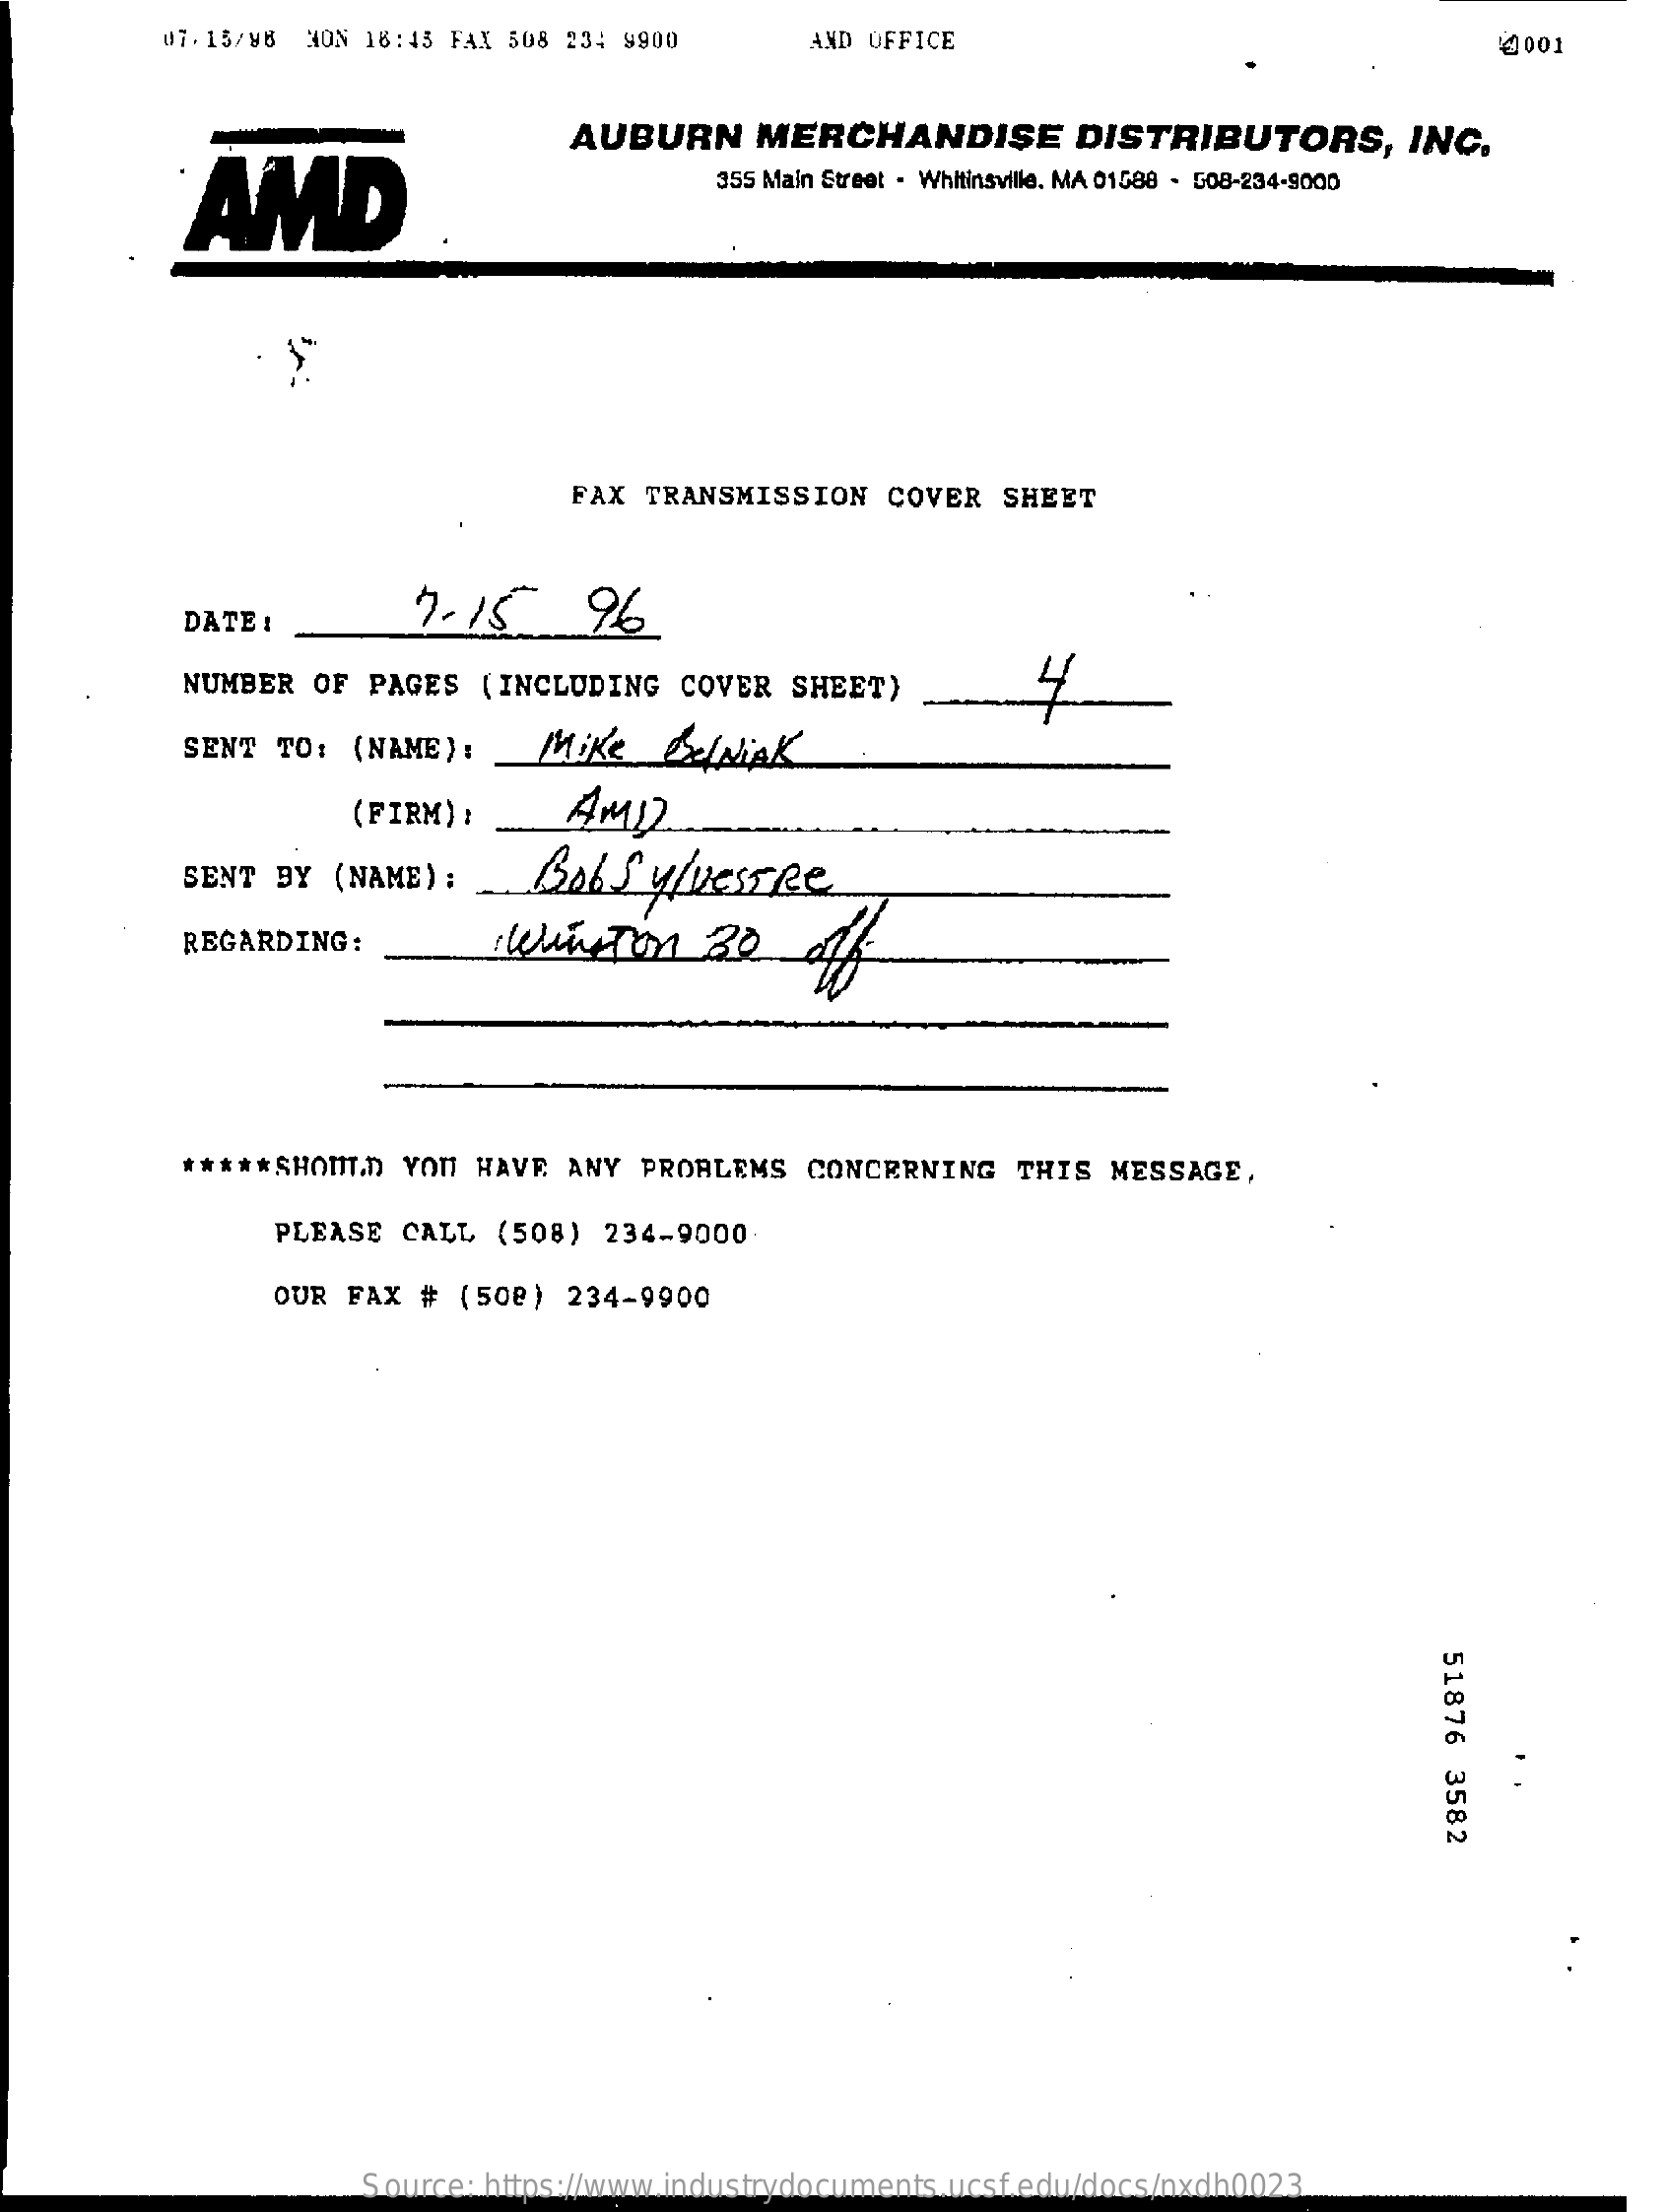
07- 15/96 NON 18:45 FAX 508 234 9900    AND OFFICE    4001
     AMD
     AUBURN    MERCHANDISE    DISTRIBUTORS,    INC.
     355 Main Street - Whitinsville, MA 01588 - 508-234-9000
     FAX  TRANSMISSION   COVER  SHEET
     DATE:    7.15    96
     NUMBER  OF PAGES  (INCLUDING   COVER  SHEET)    4
     SENT  TO: (NAME) :    Mike    BelNiAK
     (FIRM) :    AMI
     SENT BY  (NAME) :    Bob Sylvestre
     REGARDING:
     ***** SHODT.D YOU HAVE  ANY PROBLEMS   CONCERNING   THIS  MESSAGE,
     PLEASE  CALL  (508)  234-9000
     OUR FAX  # (500)  234-9900
     51876
     3582
     Source: https://www.industrydocuments.ucsf.edu/docs/nxdh0023